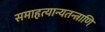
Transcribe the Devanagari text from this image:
समाहृत्यान्यतन्त्राणि